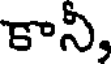
కాని,